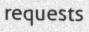
requests